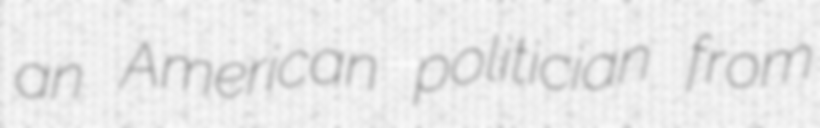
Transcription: an American politician from